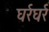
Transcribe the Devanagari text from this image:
घर्रघर्र